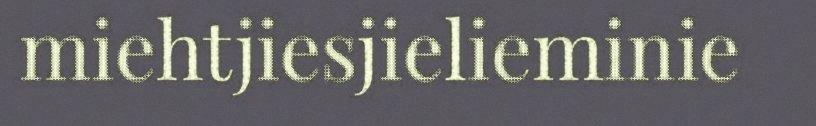
miehtjiesjielieminie